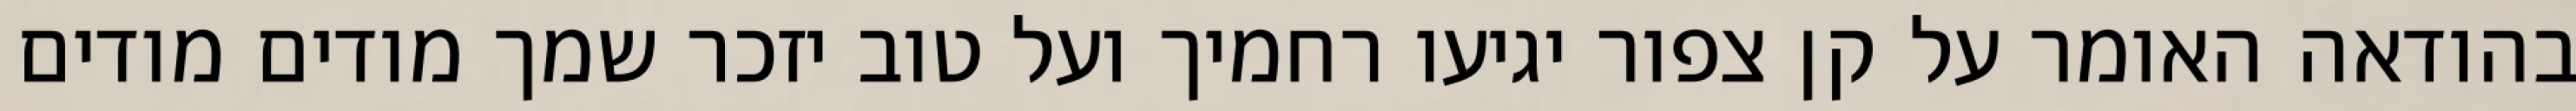
בהודאה האומר על קן צפור יגיעו רחמיך ועל טוב יזכר שמך מודים מודים